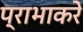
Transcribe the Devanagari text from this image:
प्राभाकरे